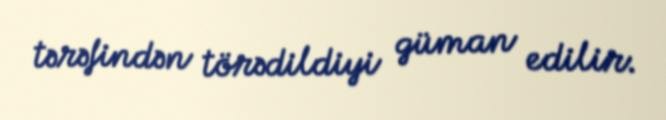
tərəfindən törədildiyi güman edilir.